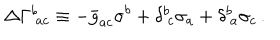
LaTeX: \Delta \Gamma _ { \ a c } ^ { b } \equiv - \bar { g } _ { a c } \sigma ^ { b } + \delta _ { \ c } ^ { b } \sigma _ { a } + \delta _ { \ a } ^ { b } \sigma _ { c } \, .